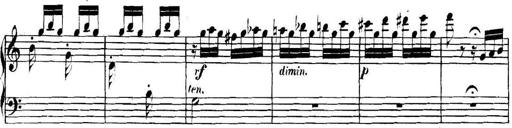
Title: Collected Piano Sonatas
Composer: Muzio Clementi